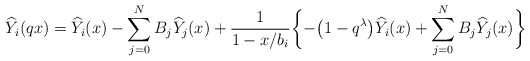
\begin{align*}& \widehat{Y}_{i}(qx) = \widehat{Y}_{i}(x) - \sum^{N}_{j = 0}B_{j}\widehat{Y}_{j}(x) + \frac{1}{1 - x/b_{i}}\biggl\{ -\big(1 - q^{\lambda}\big)\widehat{Y}_{i}(x) + \sum^{N}_{j = 0}B_{j}\widehat{Y}_{j}(x) \biggr\} \end{align*}